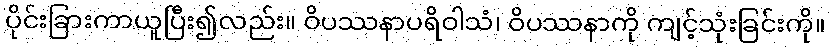
ပိုင်းခြားကာယူပြီး၍လည်း။ ဝိပဿနာပရိဝါသံ၊ ဝိပဿနာကို ကျင့်သုံးခြင်းကို။